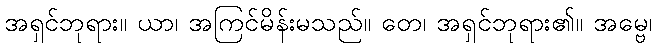
အရှင်ဘုရား။ ယာ၊ အကြင်မိန်းမသည်။ တေ၊ အရှင်ဘုရား၏။ အမ္ဗေ၊